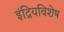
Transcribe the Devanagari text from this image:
इंद्रियविशेष